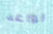
يواعد